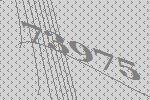
73975